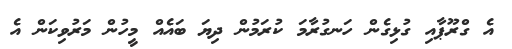
އެ ގްރޫޕާއި ގުޅިގެން ހަނގުރާމަ ކުރަމުން ދިޔަ ބައެއް މީހުން މަރުވިކަން އެ